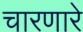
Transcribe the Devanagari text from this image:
चारणारे